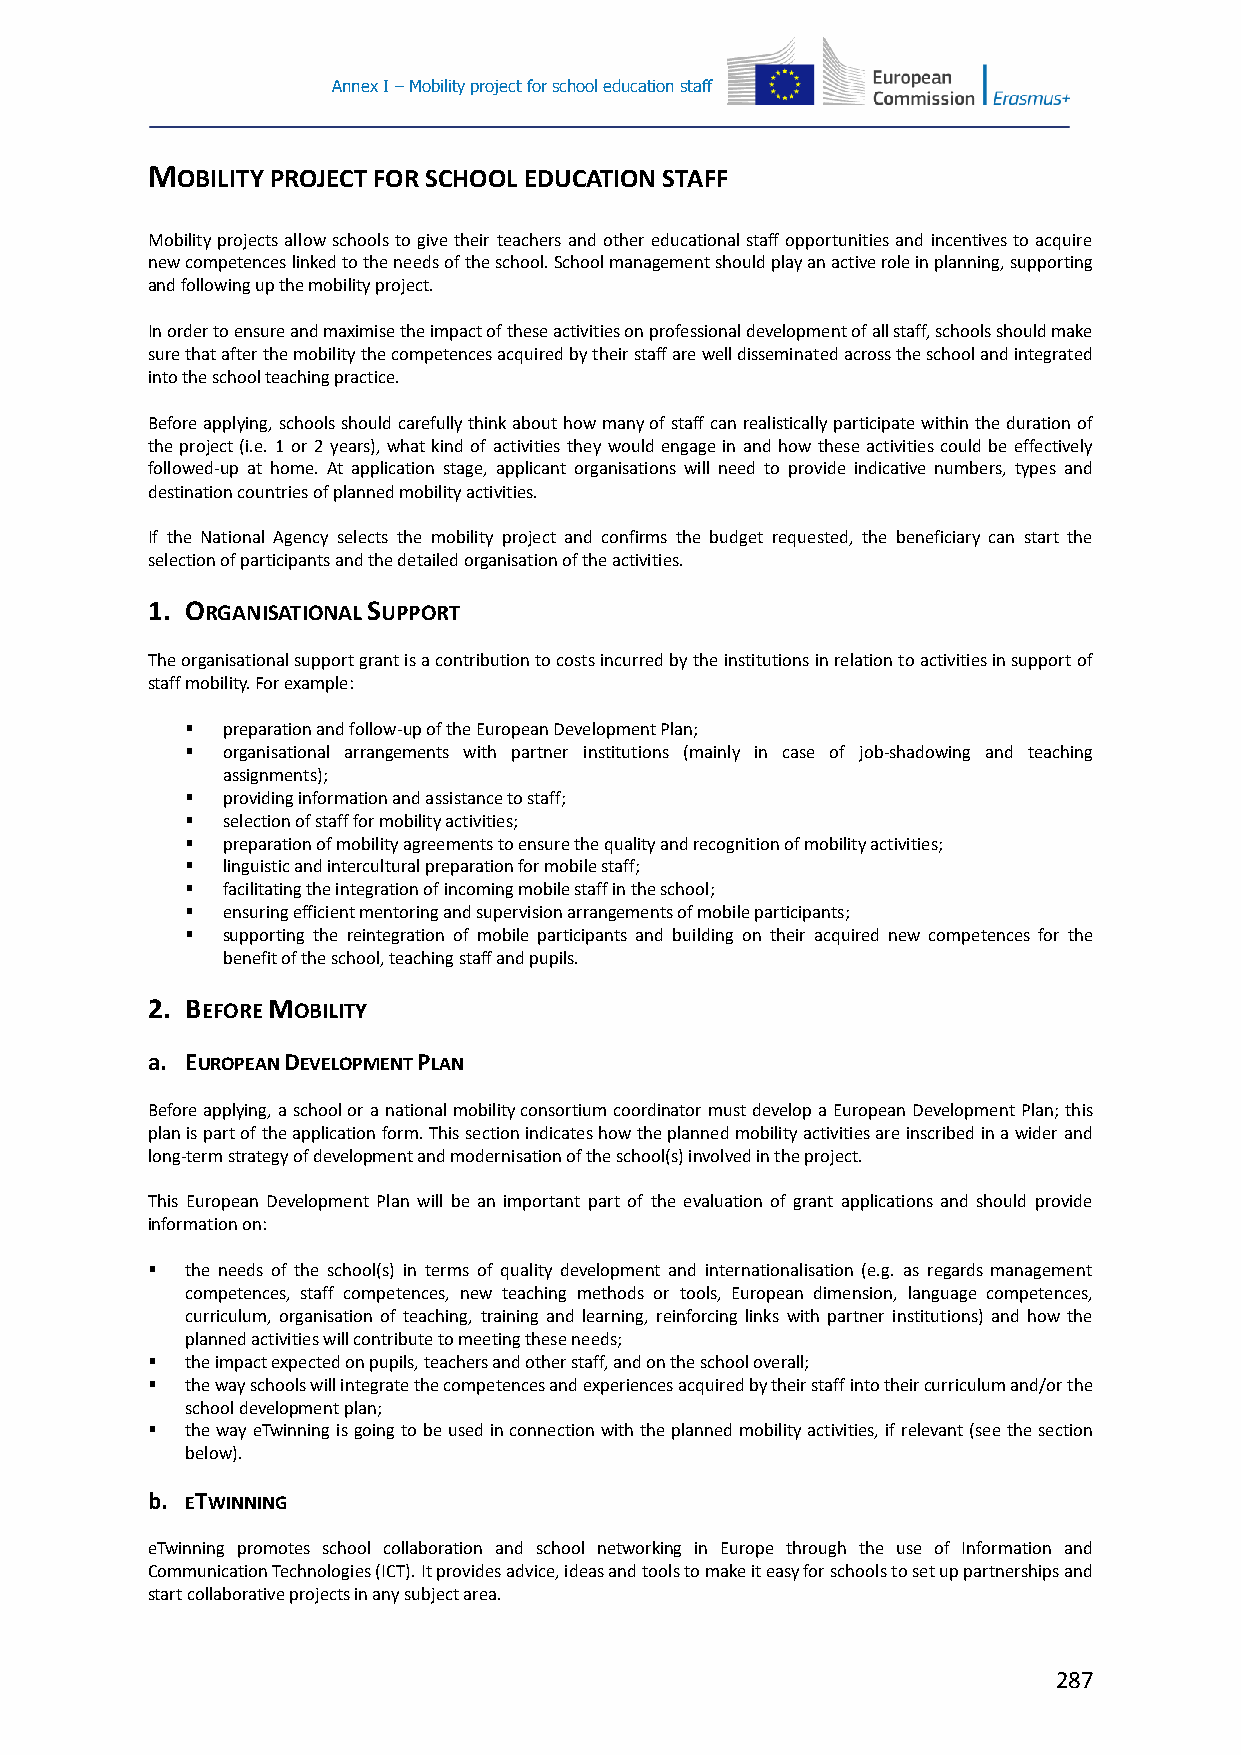
Annex I – Mobility project for school education staff
 MOBILITY PROJECT FOR SCHOOL EDUCATION STAFF
 Mobility projects allow schools to give their teachers and other educational staff opportunities and incentives to acquire
 new competences linked to the needs of the school. School management should play an active role in planning, supporting
 and following up the mobility project.
 In order to ensure and maximise the impact of these activities on professional development of all staff, schools should make
 sure that after the mobility the competences acquired by their staff are well disseminated across the school and integrated
 into the school teaching practice.
 Before applying, schools should carefully think about how many of staff can realistically participate within the duration of
 the project (i.e. 1 or 2 years), what kind of activities they would engage in and how these activities could be effectively
 followed-up at home. At application stage, applicant organisations will need to provide indicative numbers, types and
 destination countries of planned mobility activities.
 If the National Agency selects the mobility project and confirms the budget requested, the beneficiary can start the
 selection of participants and the detailed organisation of the activities.
 1. ORGANISATIONAL SUPPORT
 The organisational support grant is a contribution to costs incurred by the institutions in relation to activities in support of
 staff mobility. For example:
   preparation and follow-up of the European Development Plan;
   organisational arrangements with partner institutions (mainly in case of job-shadowing and teaching
 assignments);
   providing information and assistance to staff;
   selection of staff for mobility activities;
   preparation of mobility agreements to ensure the quality and recognition of mobility activities;
   linguistic and intercultural preparation for mobile staff;
   facilitating the integration of incoming mobile staff in the school;
   ensuring efficient mentoring and supervision arrangements of mobile participants;
   supporting the reintegration of mobile participants and building on their acquired new competences for the
 benefit of the school, teaching staff and pupils.
 2. BEFORE MOBILITY
 a. EUROPEAN DEVELOPMENT PLAN
 Before applying, a school or a national mobility consortium coordinator must develop a European Development Plan; this
 plan is part of the application form. This section indicates how the planned mobility activities are inscribed in a wider and
 long-term strategy of development and modernisation of the school(s) involved in the project.
 This European Development Plan will be an important part of the evaluation of grant applications and should provide
 information on:
  the needs of the school(s) in terms of quality development and internationalisation (e.g. as regards management
 competences, staff competences, new teaching methods or tools, European dimension, language competences,
 curriculum, organisation of teaching, training and learning, reinforcing links with partner institutions) and how the
 planned activities will contribute to meeting these needs;
  the impact expected on pupils, teachers and other staff, and on the school overall;
  the way schools will integrate the competences and experiences acquired by their staff into their curriculum and/or the
 school development plan;
  the way eTwinning is going to be used in connection with the planned mobility activities, if relevant (see the section
 below).
 b. ETWINNING
 eTwinning promotes school collaboration and school networking in Europe through the use of Information and
 Communication Technologies (ICT). It provides advice, ideas and tools to make it easy for schools to set up partnerships and
 start collaborative projects in any subject area.
 287